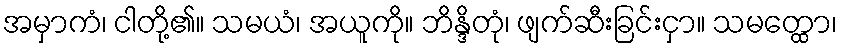
အမှာကံ၊ ငါတို့၏။ သမယံ၊ အယူကို။ ဘိန္ဒိတုံ၊ ဖျက်ဆီးခြင်းငှာ။ သမတ္ထော၊